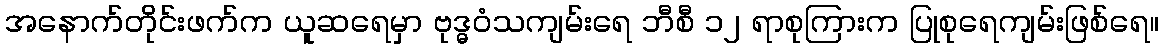
အနောက်တိုင်းဖက်က ယူဆရေမှာ ဗုဒ္ဓဝံသကျမ်းရေ ဘီစီ ၁၂ ရာစုကြားက ပြုစုရေကျမ်းဖြစ်ရေ။